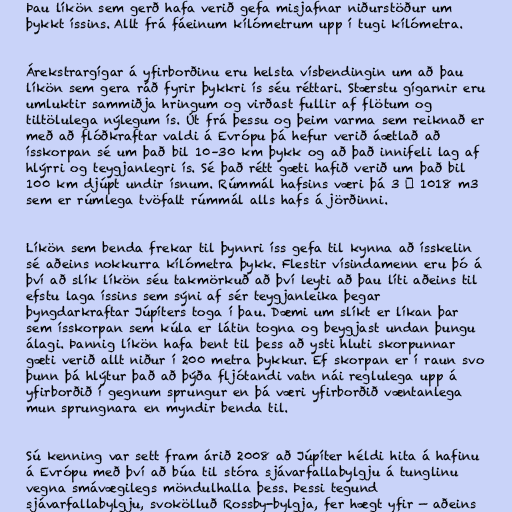
Þau líkön sem gerð hafa verið gefa misjafnar niðurstöður um
þykkt íssins. Allt frá fáeinum kílómetrum upp í tugi kílómetra.

Árekstrargígar á yfirborðinu eru helsta vísbendingin um að þau
líkön sem gera ráð fyrir þykkri ís séu réttari. Stærstu gígarnir eru
umluktir sammiðja hringum og virðast fullir af flötum og
tiltölulega nýlegum ís. Út frá þessu og þeim varma sem reiknað er
með að flóðkraftar valdi á Evrópu þá hefur verið áætlað að
ísskorpan sé um það bil 10–30 km þykk og að það innifeli lag af
hlýrri og teygjanlegri ís. Sé það rétt gæti hafið verið um það bil
100 km djúpt undir ísnum. Rúmmál hafsins væri þá 3 × 1018 m3
sem er rúmlega tvöfalt rúmmál alls hafs á jörðinni.

Líkön sem benda frekar til þynnri íss gefa til kynna að ísskelin
sé aðeins nokkurra kílómetra þykk. Flestir vísindamenn eru þó á
því að slík líkön séu takmörkuð að því leyti að þau líti aðeins til
efstu laga íssins sem sýni af sér teygjanleika þegar
þyngdarkraftar Júpíters toga í þau. Dæmi um slíkt er líkan þar
sem ísskorpan sem kúla er látin togna og beygjast undan þungu
álagi. Þannig líkön hafa bent til þess að ysti hluti skorpunnar
gæti verið allt niður í 200 metra þykkur. Ef skorpan er í raun svo
þunn þá hlýtur það að þýða fljótandi vatn nái reglulega upp á
yfirborðið í gegnum sprungur en þá væri yfirborðið væntanlega
mun sprungnara en myndir benda til.

Sú kenning var sett fram árið 2008 að Júpíter héldi hita á hafinu
á Evrópu með því að búa til stóra sjávarfallabylgju á tunglinu
vegna smávægilegs möndulhalla þess. Þessi tegund
sjávarfallabylgju, svokölluð Rossby-bylgja, fer hægt yfir — aðeins